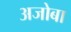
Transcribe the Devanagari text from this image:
अजोबा